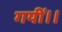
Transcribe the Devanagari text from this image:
गयीं।।